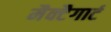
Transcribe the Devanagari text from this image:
मैक्टैगार्ट